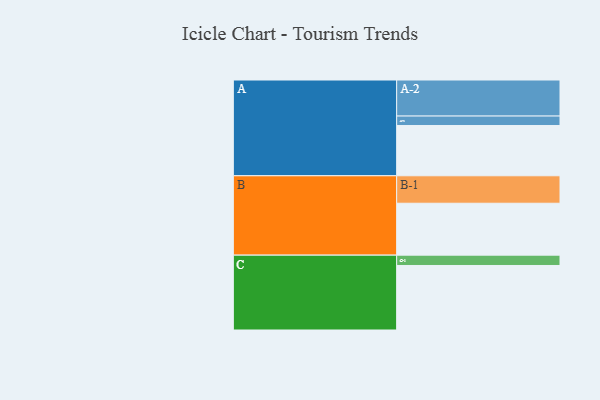
{"axis": {"x": "Segment", "y": "Value"}, "legend": ["", "A", "B", "C"], "data": [{"x": "A", "y": 399, "type": ""}, {"x": "B", "y": 412, "type": ""}, {"x": "C", "y": 512, "type": ""}, {"x": "A-1", "y": 75, "type": "A"}, {"x": "A-2", "y": 286, "type": "A"}, {"x": "B-1", "y": 218, "type": "B"}, {"x": "C-1", "y": 82, "type": "C"}]}